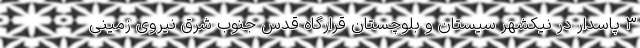
۳ پاسدار در نیکشهر سیستان و بلوچستان قرارگاه قدس جنوب شرق نیروی زمینی